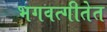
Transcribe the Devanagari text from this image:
भगवत्गीतेत